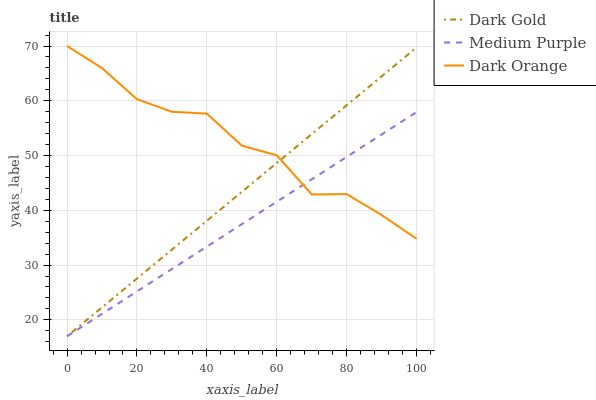
| xaxis_label | Dark Gold | Medium Purple | Dark Orange |
 | --- | --- | --- | --- |
 | 0 | 17 | 17 | 70 |
 | 10 | 22.3 | 21.1 | 66 |
 | 20 | 27.5 | 25.2 | 60.3 |
 | 30 | 32.8 | 29.3 | 58 |
 | 40 | 38.1 | 33.4 | 57.7 |
 | 50 | 43.4 | 37.5 | 51.8 |
 | 60 | 48.6 | 41.6 | 50 |
 | 70 | 53.9 | 45.7 | 42.9 |
 | 80 | 59.2 | 49.8 | 43 |
 | 90 | 64.5 | 53.8 | 39.1 |
 | 100 | 69.7 | 57.9 | 34.8 |